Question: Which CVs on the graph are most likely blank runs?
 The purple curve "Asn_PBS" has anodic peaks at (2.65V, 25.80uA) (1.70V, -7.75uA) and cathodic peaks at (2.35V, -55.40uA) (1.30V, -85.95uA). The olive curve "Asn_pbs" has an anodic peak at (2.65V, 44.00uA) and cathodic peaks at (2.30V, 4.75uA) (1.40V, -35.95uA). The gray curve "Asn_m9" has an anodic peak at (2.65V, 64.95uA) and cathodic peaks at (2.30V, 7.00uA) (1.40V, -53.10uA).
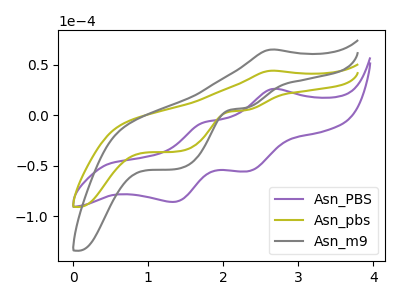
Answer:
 <answer>There are not any CV's on this graph that are likely to be blanks.</answer>
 <eval>none</eval>